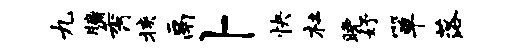
九牖秀挟鬲卜快杜晚妤箪落